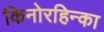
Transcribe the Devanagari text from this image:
किनोरहिन्का